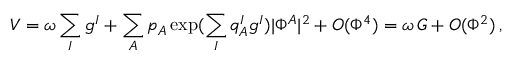
V = \omega \sum _ { I } g ^ { I } + \sum _ { A } p _ { A } \exp ( \sum _ { I } q _ { A } ^ { I } g ^ { I } ) | \Phi ^ { A } | ^ { 2 } + O ( \Phi ^ { 4 } ) = \omega \, G + O ( \Phi ^ { 2 } ) \, ,